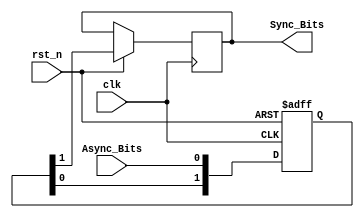
module BitSync #(parameter Num_Stages = 2, Bus_Width = 1)(
	input                      clk,
	input                      rst_n,
	input      [Bus_Width-1:0] Async_Bits,
	output reg [Bus_Width-1:0] Sync_Bits
);

reg [Num_Stages-1:0] Q [Bus_Width-1:0];
integer i;

	always @(posedge clk or negedge rst_n) begin
	if (~rst_n) begin
	    for (i = 0; i < Bus_Width ; i = i + 1 ) begin
	        Q[i] <= 0;
	    end
	end
	else begin
	        for (i = 0; i < Bus_Width ; i = i + 1 ) begin
	            Q[i] <= {Q[i][Num_Stages-2:0],Async_Bits[i]};
	            Sync_Bits[i] <= Q[i][Num_Stages-1];
	        end
	    end
	end
	
	
endmodule